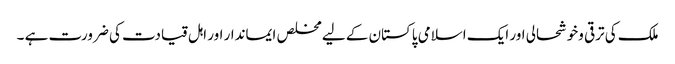
ملک کی ترقی وخوشحالی اور ایک اسلامی پاکستان کے لیے مخلص ایماندار اور اہل قیادت کی ضرورت ہے ۔